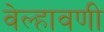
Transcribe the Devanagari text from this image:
वेल्हावणी